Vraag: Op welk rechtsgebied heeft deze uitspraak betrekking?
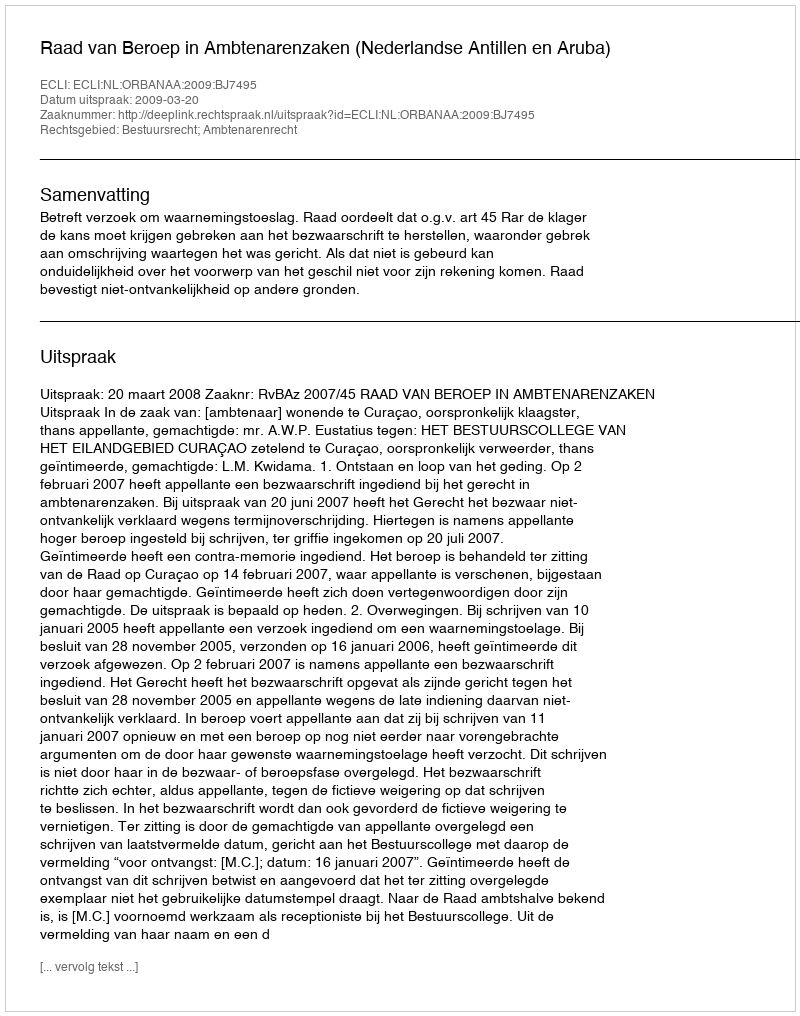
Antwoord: Bestuursrecht; Ambtenarenrecht